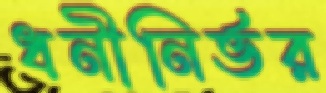
ধনীনির্ভর